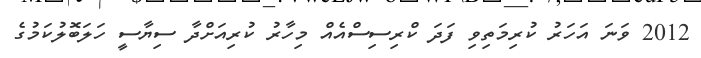
2012 ވަނަ އަހަރު ކުރިމަތިވި ފަދަ ކްރިސިސްއެއް މިހާރު ކުރިއަށްދާ ސިޔާސީ ހަލަބޮލުކަމުގެ